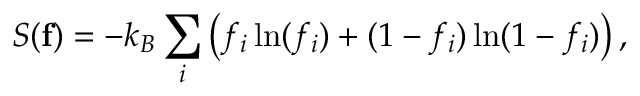
{ \displaystyle { \cal S } ( { \bf f } ) = - k _ { B } \sum _ { i } \left( f _ { i } \ln ( f _ { i } ) + ( 1 - f _ { i } ) \ln ( 1 - f _ { i } ) \right) , }